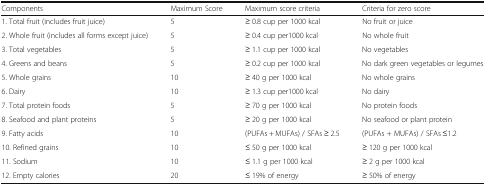
| Components | Maximum Score | Maximum score criteria | Criteria for zero score |
 | --- | --- | --- | --- |
 | 1. Total fruit (includes fruit juice) | 5 | ≥ 0.8 cup per 1000 kcal | No fruit or juice |
 | 2. Whole fruit (includes all forms except juice) | 5 | ≥ 0.4 cup per1000 kcal | No whole fruit |
 | 3. Total vegetables | 5 | ≥ 1.1 cup per 1000 kcal | No vegetables |
 | 4. Greens and beans | 5 | ≥ 0.2 cup per 1000 kcal | No dark green vegetables or legumes |
 | 5. Whole grains | 10 | ≥ 40 g per 1000 kcal | No whole grains |
 | 6. Dairy | 10 | ≥ 1.3 cup per1000 kcal | No dairy |
 | 7. Total protein foods | 5 | ≥ 70 g per 1000 kcal | No protein foods |
 | 8. Seafood and plant proteins | 5 | ≥ 20 g per 1000 kcal | No seafood or plant protein |
 | 9. Fatty acids | 10 | (PUFAs + MUFAs) / SFAs ≥ 2.5 | (PUFAs + MUFAs) / SFAs ≤1.2 |
 | 10. Refined grains | 10 | ≤ 50 g per 1000 kcal | ≥ 120 g per 1000 kcal |
 | 11. Sodium | 10 | ≤ 1.1 g per 1000 kcal | ≥ 2 g per 1000 kcal |
 | 12. Empty calories | 20 | ≤ 19% of energy | ≥ 50% of energy |